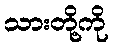
သားတို့ကို